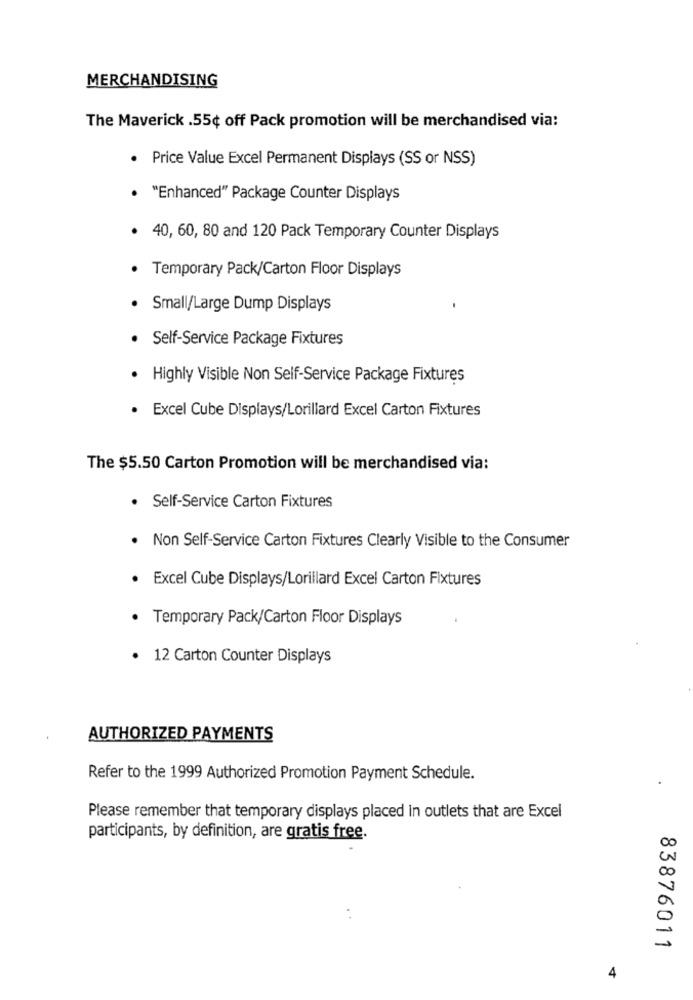
MERCHANDISING
The Maverick .55¢ off Pack promotion will be merchandised via:
· Price Value Excel Permanent Displays (SS or NSS)
"Enhanced" Package Counter Displays
40, 60, 80 and 120 Pack Temporary Counter Displays
Temporary Pack/Carton Floor Displays
Small/Large Dump Displays
Self-Service Package Fixtures
· Highly Visible Non Self-Service Package Fixtures
· Excel Cube Displays/Lorillard Excel Carton Fixtures
The $5.50 Carton Promotion will be merchandised via:
· Self-Service Carton Fixtures
Non Self-Service Carton Fixtures Clearly Visible to the Consumer
· Excel Cube Displays/Lorillard Excel Carton Fixtures
· Temporary Pack/Carton Floor Displays
12 Carton Counter Displays
AUTHORIZED PAYMENTS
Refer to the 1999 Authorized Promotion Payment Schedule.
Please remember that temporary displays placed in outlets that are Excel
participants, by definition, are gratis free.
83876011
4